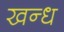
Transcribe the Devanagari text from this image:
खन्ध